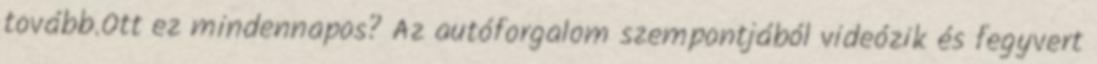
tovább.Ott ez mindennapos? Az autóforgalom szempontjából videózik és fegyvert